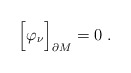
\begin{align*}\Bigr[\varphi_{\nu}\Bigr]_{\partial M}=0 \; .\end{align*}